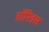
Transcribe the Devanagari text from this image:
हॉरिडस